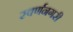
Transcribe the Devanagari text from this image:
स्‍वर्णनगरी